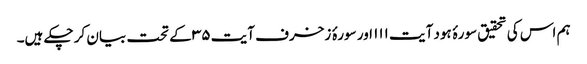
ہم اس کی تحقیق سورۂ ہود آیت ۱۱۱ اور سورۂ زخرف آیت ۳۵ کے تحت بیان کر چکے ہیں۔